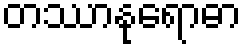
တဿာနုရောဓာ